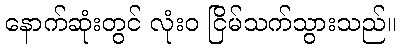
နောက်ဆုံးတွင် လုံးဝ ငြိမ်သက်သွားသည်။